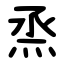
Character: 烝